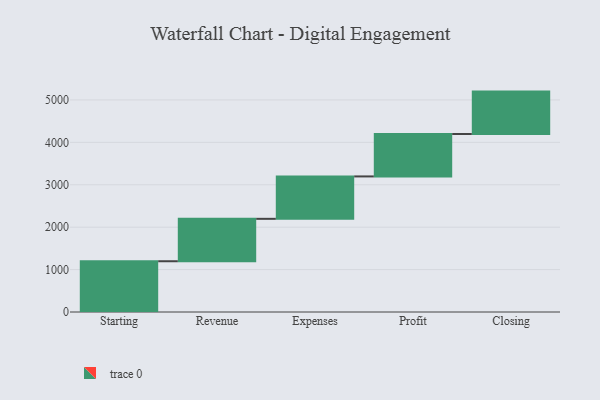
{"axis": {"x": "Step", "y": "Value"}, "legend": [""], "data": [{"x": "Starting", "y": 1197.0, "type": ""}, {"x": "Revenue", "y": 1000, "type": ""}, {"x": "Expenses", "y": 1000, "type": ""}, {"x": "Profit", "y": 1000, "type": ""}, {"x": "Closing", "y": 1000, "type": ""}]}